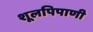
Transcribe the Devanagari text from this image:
शूलपिपाणी